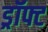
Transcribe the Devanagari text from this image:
ड्रॉफ्ट